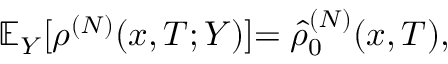
\mathbb { E } _ { Y } [ \rho ^ { ( N ) } ( x , T ; Y ) ] { = \hat { \rho } _ { 0 } ^ { ( N ) } ( x , T ) } ,